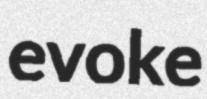
evoke